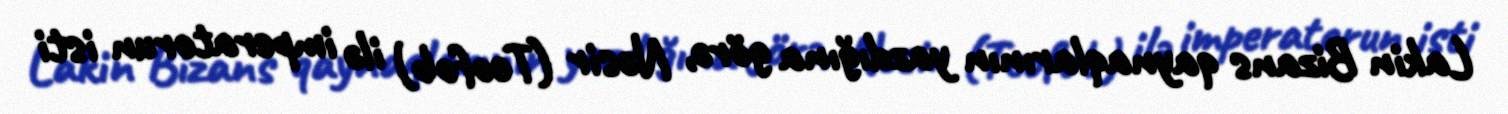
Lakin Bizans qaynaqlarının yazdığına görə, Nəsir (Teofob) ilə imperatorun isti